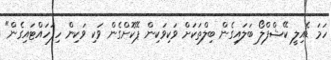
ހަމަ ޑެއިލީ ކޭޝްފްލޯ ބަލައިގެން ބިލްތަކަށް ވަކިވަކިން ޕޭކޮށްގެން ވަކި ވަކިން ހިފަހައްޓައިގެން"